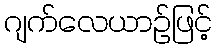
ဂျက်လေယာဉ်ဖြင့်